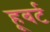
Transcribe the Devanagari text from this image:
हूबर्ट